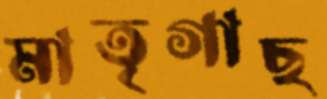
মাতৃগাছ